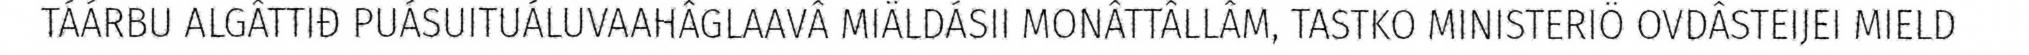
TÁÁRBU ALGÂTTIĐ PUÁSUITUÁLUVAAHÂGLAAVÂ MIÄLDÁSII MONÂTTÂLLÂM, TASTKO MINISTERIÖ OVDÂSTEIJEI MIELD